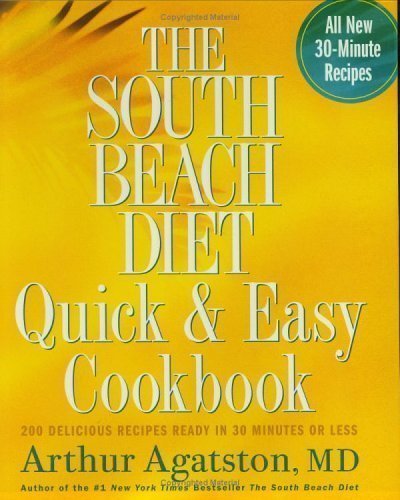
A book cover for The South Beach Diet Quick and Easy Cookbook: 200 Delicious Recipes Ready in 30 Minutes or Less; Health, Fitness & Dieting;